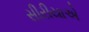
સીરીયાએ